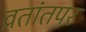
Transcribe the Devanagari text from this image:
व्रतांतपर